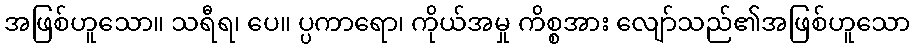
အဖြစ်ဟူသော။ သရီရ၊ ပေ။ ပ္ပကာရော၊ ကိုယ်အမှု ကိစ္စအား လျော်သည်၏အဖြစ်ဟူသော